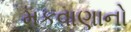
મકવાણાનો